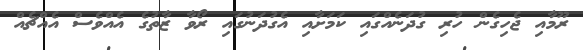
ރޫމާއި ޖެހިގެން ހުރި ގުދަނެއްގައި ކަމަށާއި އެގުދަނުގައި ރޯވާ ޒާތުގެ އެއްވެސް އެއްޗެއް